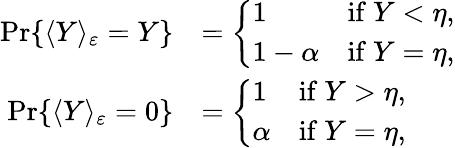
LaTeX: \begin{array}{rl}{\operatorname*{Pr}\{ \langle Y\rangle_{\varepsilon}=Y\} }&{=\left\{ \begin{array}{ll}{1}&{\mathrm{if~}Y<\eta,}\\ {1-\alpha}&{\mathrm{if~}Y=\eta,}\end{array}\right.}\\ {\operatorname*{Pr}\{ \langle Y\rangle_{\varepsilon}=0\} }&{=\left\{ \begin{array}{ll}{1}&{\mathrm{if~}Y>\eta,}\\ {\alpha}&{\mathrm{if~}Y=\eta,}\end{array}\right.}\end{array}